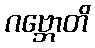
ဂဗ္ဘောတိ